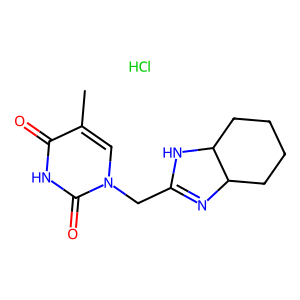
SMILES: Cc1cn(CC2=NC3CCCCC3N2)c(=O)[nH]c1=O.Cl
Inhibits HIV replication: No